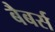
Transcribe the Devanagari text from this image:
बैबर्स